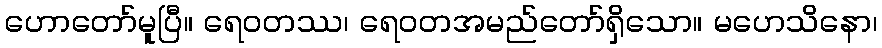
ဟောတော်မူပြီ။ ရေဝတဿ၊ ရေဝတအမည်တော်ရှိသော။ မဟေသိနော၊